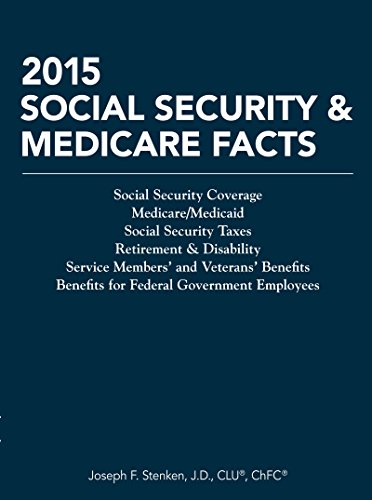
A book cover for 2015 Social Security & Medicare Facts (Tax Facts); Joseph F. Stenken; Business & Money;